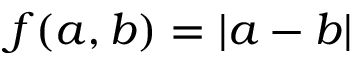
f ( a , b ) = | a - b |